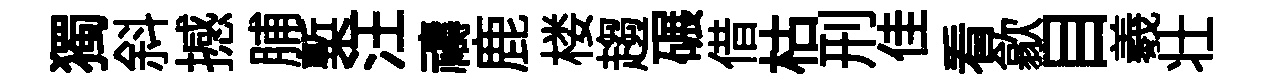
獨斜撼脯槧汪禱鹿楼趨碾借枯刑佳看歙目羲壮